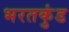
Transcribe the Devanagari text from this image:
भरतकुंड